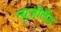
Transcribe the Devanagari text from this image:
न्युज़ीलैंड